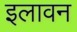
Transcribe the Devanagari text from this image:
इलावन